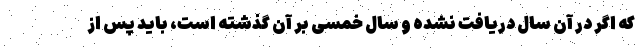
که اگر در آن سال دریافت نشده و سال خمسی بر آن گذشته است، باید پس از